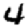
Digit: 4